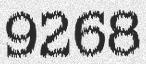
9268